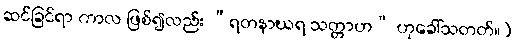
ဆင်ခြင်ရာ ကာလ ဖြစ်၍လည်း “ရတနာဃရ သတ္တာဟ” ဟုခေါ်သတတ်။)